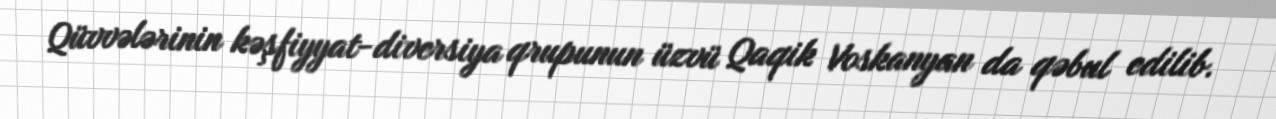
Qüvvələrinin kəşfiyyat-diversiya qrupunun üzvü Qaqik Voskanyan da qəbul edilib.